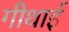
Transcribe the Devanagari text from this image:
गीथाई